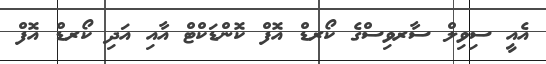
އެއީ ސިވިލް ސާރވިސްގެ ކޯރޑް އޮފް ކޮންޑަކްޓް އާއި އަދި ކޯރޑް އޮފް